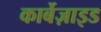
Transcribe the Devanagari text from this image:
कार्बेज़ाइड